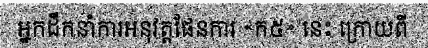
អ្នកដឹកនាំការអនុវត្តផែនការ «ក៥» នេះ ក្រោយពី